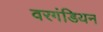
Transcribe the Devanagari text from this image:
वरगंडियन